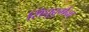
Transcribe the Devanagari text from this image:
सिंधुदुर्गचा